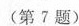
（第七题）